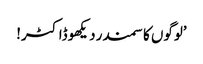
’لوگوں کا سمندر دیکھو ڈاکٹر!